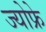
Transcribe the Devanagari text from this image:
ज्योफ्रे